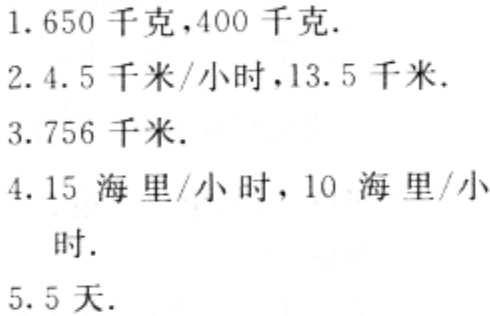
1. 650千克，400千克.

2. 4.5千米/小时，13.5千米.

3. 756千米.

4. 15海里/小时，10海里/小时.

5. 5天.